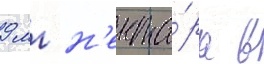
9 мг н'екта́ра в